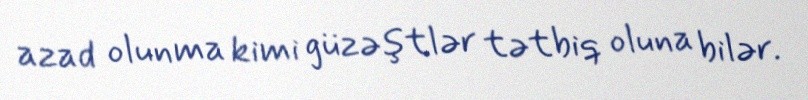
azad olunma kimi güzəştlər tətbiq oluna bilər.